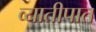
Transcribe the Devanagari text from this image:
व्यातीपात